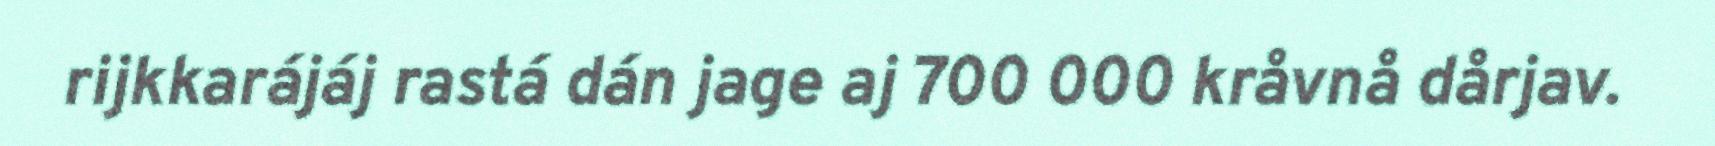
rijkkarájáj rastá dán jage aj 700 000 kråvnå dårjav.